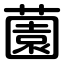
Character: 薗